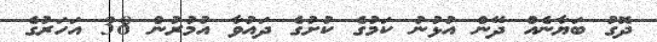
ދޮގު ބަޔާނެއް ދޭން އުޅުނު ކަމުގެ ކުށުގެ ދައުވާ އުމުރުން 38 އަހަރުގެ